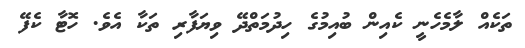
ތަކެއް ލާމެހެނީ ކެއިން ބުއިމުގެ ހިދުމަތްދޭ ވިޔަފާރި ތަކާ އެވެ. ހޮޓާ ކެފޭ